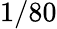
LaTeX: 1/80